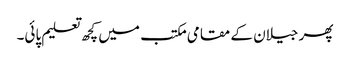
پھر جیلان کے مقامی مکتب میں کچھ تعلیم پائی۔